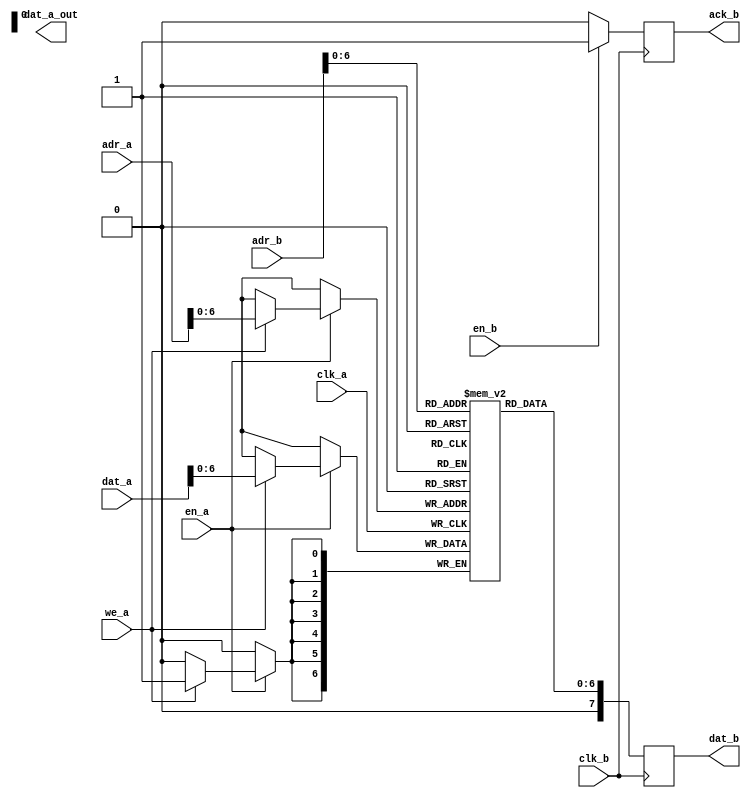
/*
 * Copyright 2016 <Admobilize>
 * MATRIX Labs  [http://creator.matrix.one]
 * This file is part of MATRIX Creator HDL for Spartan 6
 *
 * MATRIX Creator HDL is like free software: you can redistribute 
 * it and/or modify it under the terms of the GNU General Public License 
 * as published by the Free Software Foundation, either version 3 of the 
 * License, or (at your option) any later version.

 * This program is distributed in the hope that it will be useful, but 
 * WITHOUT ANY WARRANTY; without even the implied warranty of 
 * MERCHANTABILITY or FITNESS FOR A PARTICULAR PURPOSE.  See the GNU 
 * General Public License for more details.

 * You should have received a copy of the GNU General Public License along
 * with this program.  If not, see <http://www.gnu.org/licenses/>.
 */
 
 
module everloop_ram #(
  parameter mem_file_name = "none",
	parameter adr_width = 7,
	parameter dat_width = 7
) (
	// write port a 
	input                       clk_a,
	input                       en_a,
	input                       en_b,
	input      [9:0]           adr_a,
	input 	   [7:0]  dat_a,
	// read port b
	input                       clk_b,
	input      [9:0]  adr_b,
	output reg [7:0]  dat_b,
	output reg         ack_b,
	output reg [7:0]  dat_a_out,
	input  we_a
);

parameter depth = (1 << adr_width);
// actual ram cells
reg [dat_width-1:0] ram [0:depth-1];
//------------------------------------------------------------------
// read port B
//------------------------------------------------------------------
always @(posedge clk_b)
begin
  ack_b <= 0;
	if (en_b)	
	ack_b <= 1'b1;
	dat_b <= ram[adr_b];
end

//------------------------------------------------------------------
// write port A
//------------------------------------------------------------------
always @(posedge clk_a)
begin
	if (en_a) begin
		if (we_a) begin
			ram[adr_a] <= dat_a;
		end 
	end 
end


initial 
begin
	if (mem_file_name != "none")
	begin
		$readmemh(mem_file_name, ram);
	end
end


endmodule